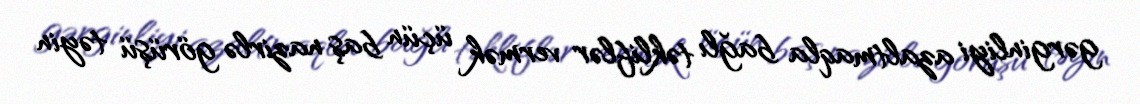
gərginliyi azaltmaqla bağlı təkliflər vermək üçün baş nazirlə görüşü təyin